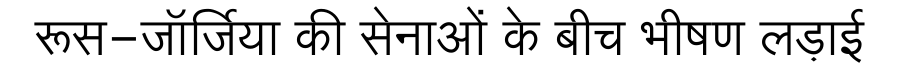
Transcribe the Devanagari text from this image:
रूस-जॉर्जिया की सेनाओं के बीच भीषण लड़ाई